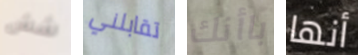
شش تقابلني باأنك أنها